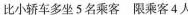
比小轿车多坐5名乘客限乘客4人